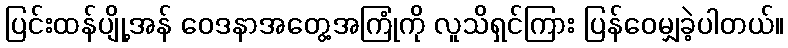
ပြင်းထန်ပျို့အန် ဝေဒနာအတွေ့အကြုံကို လူသိရှင်ကြား ပြန်ဝေမျှခဲ့ပါတယ်။